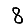
Digit: 8